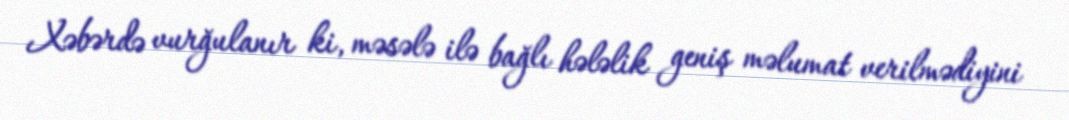
Xəbərdə vurğulanır ki, məsələ ilə bağlı hələlik geniş məlumat verilmədiyini